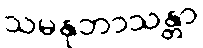
သမနုဘာသန္တာ